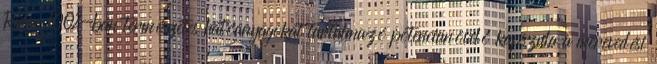
Rider 100%-ban természetes hatóanyagokat tartalmazó potencianövelő kapszula a merevedési